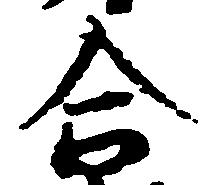
合